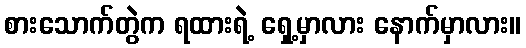
စားသောက်တွဲက ရထားရဲ့ ရှေ့မှာလား နောက်မှာလား။